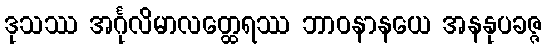
ဒုသဿ အင်္ဂုလိမာလတ္ထေရဿ ဘာဝနာနယေ အနနုပခဇ္ဇ